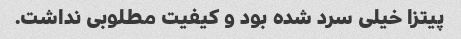
پیتزا خیلی سرد شده بود و کیفیت مطلوبی نداشت.